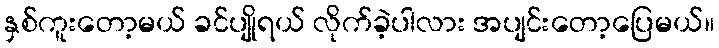
နှစ်ကူးတော့မယ် ခင်ပျိုရယ် လိုက်ခဲ့ပါလား အပျင်းတော့ပြေမယ်။